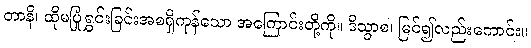
တာနိ၊ ထိုမပြုံရွှင်းခြင်းအစရှိကုန်သော အကြောင်းတို့ကို။ ဒိသွာစ၊ မြင်၍လည်းကောင်း။